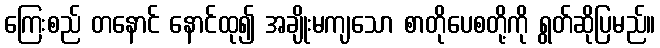
ကြေးစည် တနောင် နောင်ထု၍ အချိုးမကျသော စာတိုပေစတို့ကို ရွတ်ဆိုပြမည်။